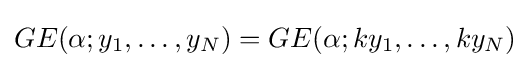
GE(\alpha ;y_{1},\ldots ,y_{N})=GE(\alpha ;ky_{1},\ldots ,ky_{N})